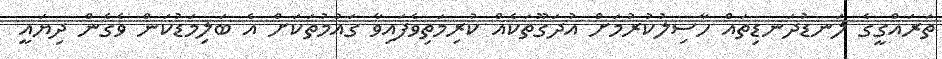
ތަރައްގީގެ ލަނޑުދަނޑިތައް ހާސިލުކުރުމަށް އުދަގޫތަކެއް ކުރިމަތިވެފައިވާ ގައުމުތަކަށް އެ ބަލިމަޑުކަން ވެގެން ދިޔައީ